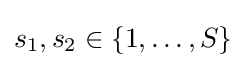
{s_{1}},{s_{2}}\in \{1,\dots ,S\}